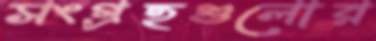
সংগ্রহগুলোর